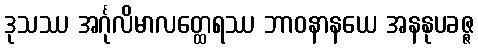
ဒုသဿ အင်္ဂုလိမာလတ္ထေရဿ ဘာဝနာနယေ အနနုပခဇ္ဇ